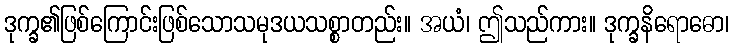
ဒုက္ခ၏ဖြစ်ကြောင်းဖြစ်သောသမုဒယသစ္စာတည်း။ အယံ၊ ဤသည်ကား။ ဒုက္ခနိရောဓော၊